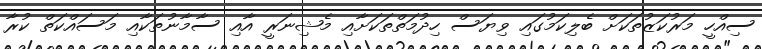
ސިއްހީ މަރުކަޒުތަކަށް ބެލިކަމުގައި ވިޔަސް ހިދުމަތްތަކަށާއި މެޝިނަރީ އާއި ސާމާނުތަކާއި މަސައްކަތް ކުރާ